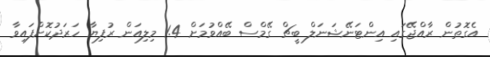
އެގޮތުން ރާއްޖޭގައި އިންޓަނޭޝަނަލް ބީޗް ގޭމްސް ބޭއްވުމަށް 1.4 މިލިއަން ރުފިޔާ ހަރަދުކޮށްފައިވާ